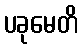
ပခုမေတိ